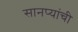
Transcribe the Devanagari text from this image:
सानप्यांची